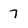
Character: 7